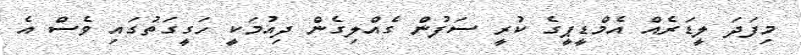
މިފަދަ ލީޑަރެއް އެމްޑީޕީގެ ކުރީ ސަފުން ގެއްލިގެން ދިއުމަކީ ހަގީގަތުގައި ވެސް އެ